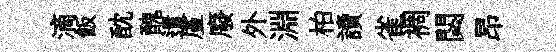
滴飯酖醜遣厪廢外淵柏讀雀裯閟昂